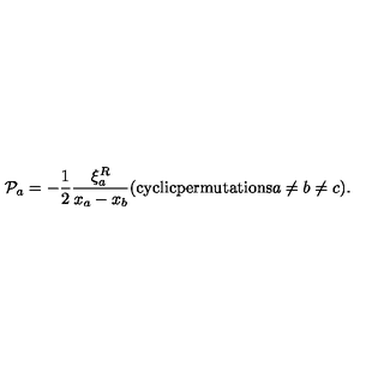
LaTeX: { \cal P } _ { a } = - \frac { 1 } { 2 } \frac { \xi _ { a } ^ { R } } { x _ { a } - x _ { b } } ( \mathrm { c y c l i c p e r m u t a t i o n s } a \not = b \not = c ) .